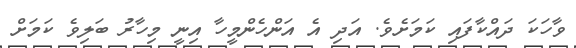
ވާހަކަ ދައްކާފައި ކަމަށެވެ. އަދި އެ އަންހެންމީހާ އިނީ މިހާރު ބަލިވެ ކަމަށް